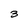
Character: 3